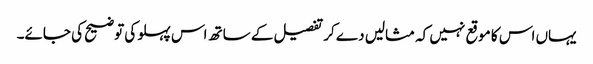
یہاں اس کا موقع نہیں کہ مثالیں دے کر تفصیل کے ساتھ اس پہلو کی توضیح کی جائے۔